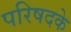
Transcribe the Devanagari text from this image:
परिषदके